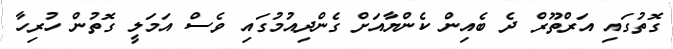
ގޮތުގައި އަރްތޫރް ދެ ބެއިން ކެންޔާއަށް ގެންދިއުމުގައި ވެސް އަމަލީ ގޮތުން ހުރިހާ